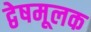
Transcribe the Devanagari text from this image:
द्वेषमूलक